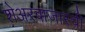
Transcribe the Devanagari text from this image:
शेअरबाजारची